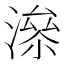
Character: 𰝂